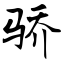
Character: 骄